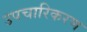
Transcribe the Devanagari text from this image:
उपचारिकरण